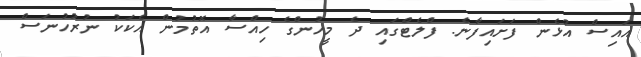
އައިސް އުޅެން ފަށައިފާނެ. ފްލެޓްގައި ދެ މީހުންގެ ހިއްސާ އޮތުމުން އެކަކު ނުރުހުނަސް